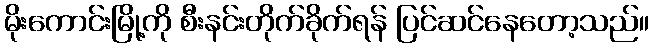
မိုးကောင်းမြို့ကို စီးနင်းတိုက်ခိုက်ရန် ပြင်ဆင်နေတော့သည်။